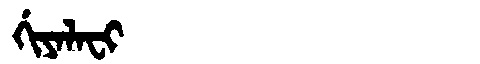
Manchu: ᡤᡳᠶᠠᠯᠠᠸᡳ
Romanization: GIYALAFI